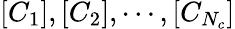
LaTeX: \left[C_{1}\right],\left[C_{2}\right],\cdots,\left[C_{N_{c}}\right]